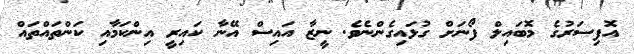
އޮފިސަރުގެ މޮބައިލް ފޯނަށް ގުޅައިގެންނެވެ. ނީޒާ އައިސް އޭނާ ކައިރީ އިންކަމާއި ކަންތައްތައް